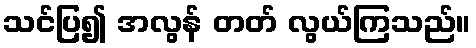
သင်ပြ၍ အလွန် တတ် လွယ်ကြသည်။